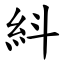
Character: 紏